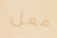
فعل